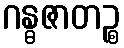
ဂန္ဓဇာတဉ္စ